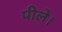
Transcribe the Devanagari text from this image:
पीले।